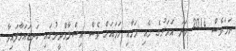
ނަމަވެސް 2014 ވަނަ އަހަރުގެ މެއި މަހާއި ހަމައަށް ވެސް އިސްލާމްދީނުގައި ކަނޑައަޅާފައިވާ